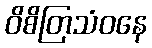
ဝိစိတြသံဝနေ